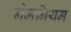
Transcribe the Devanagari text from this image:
नेमनियम